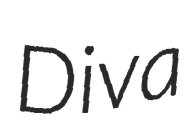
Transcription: Diva